Scottish Leaving Certificate Examination, 1960
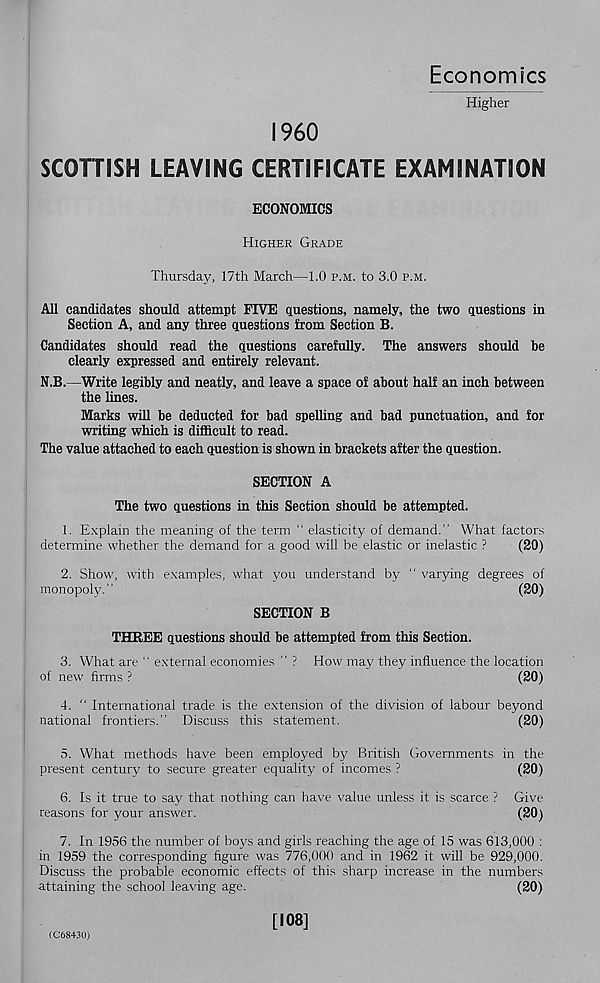
Economics
Higher
I960
SCOTTISH LEAVING CERTIFICATE EXAMINATION
ECONOMICS
Higher Grade
Thursday, 17th March—1.0 p.m. to 3.0 p.m.
All candidates should attempt FIVE questions, namely, the two questions in
Section A, and any three questions from Section B.
Candidates should read the questions carefully. The answers should be
clearly expressed and entirely relevant.
N.B.—Write legibly and neatly, and leave a space of about half an inch between
the lines.
Marks will be deducted for bad spelling and bad punctuation, and for
writing which is difficult to read.
The value attached to each question is shown in brackets after the question.
SECTION A
The two questions in this Section should be attempted.
1. Explain the meaning of the term “ elasticity of demand.” What factors
determine whether the demand for a good will be elastic or inelastic ?
(20)
2. Show, with examples, what you understand by “ varying degrees of
monopoly.”
(20)
SECTION B
THREE questions should be attempted from this Section.
3. What are “ external economies ” ? How may they influence the location
of new firms ?
(20)
4. “ International trade is the extension of the division of labour beyond
national frontiers.” Discuss this statement.
(20)
5. What methods have been employed by British Governments in the
present century to secure greater equality of incomes ?
(20)
6. Is it true to say that nothing can have value unless it is scarce ? Give
reasons for your answer.
(20)
7. In 1956 the number of boys and girls reaching the age of 15 was 613,000 :
in 1959 the corresponding figure was 776,000 and in 1962 it wdll be 929,000.
Discuss the probable economic effects of this sharp increase in the numbers
attaining the school leaving age.
(20)
(C6843U)
[108]